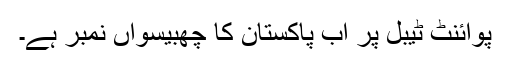
پوائنٹ ٹیبل پر اب پاکستان کا چھبیسواں نمبر ہے۔